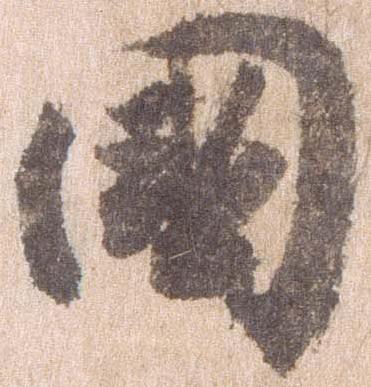
国